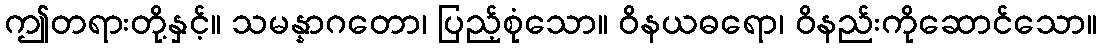
ဤတရားတို့နှင့်။ သမန္နာဂတော၊ ပြည့်စုံသော။ ဝိနယဓရော၊ ဝိနည်းကိုဆောင်သော။